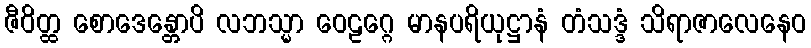
ဇီဝိတ္ထ စောဒေန္တောပိ လဘသ္မာ ဝေဠဂ္ဂေ မာနပရိယုဋ္ဌာနံ တံသဒ္ဒံ သိရာဇာလေနေဝ